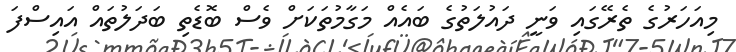
މިއަހަރުގެ ތެރޭގައި ވަނީ ދައުލަތުގެ ބައެއް މަގާމުތަކަށް ވެސް ބޮޑެތި ބަދަލުތައް އައިސްފަ